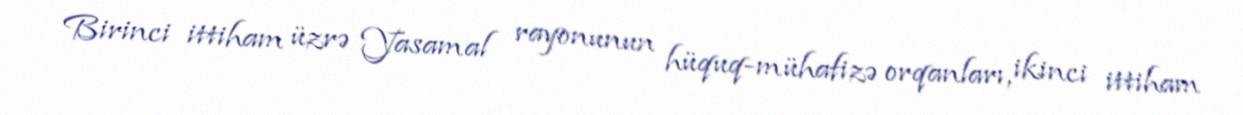
Birinci ittiham üzrə Yasamal rayonunun hüquq-mühafizə orqanları, ikinci ittiham